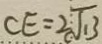
C E = 2 \sqrt { 1 3 }